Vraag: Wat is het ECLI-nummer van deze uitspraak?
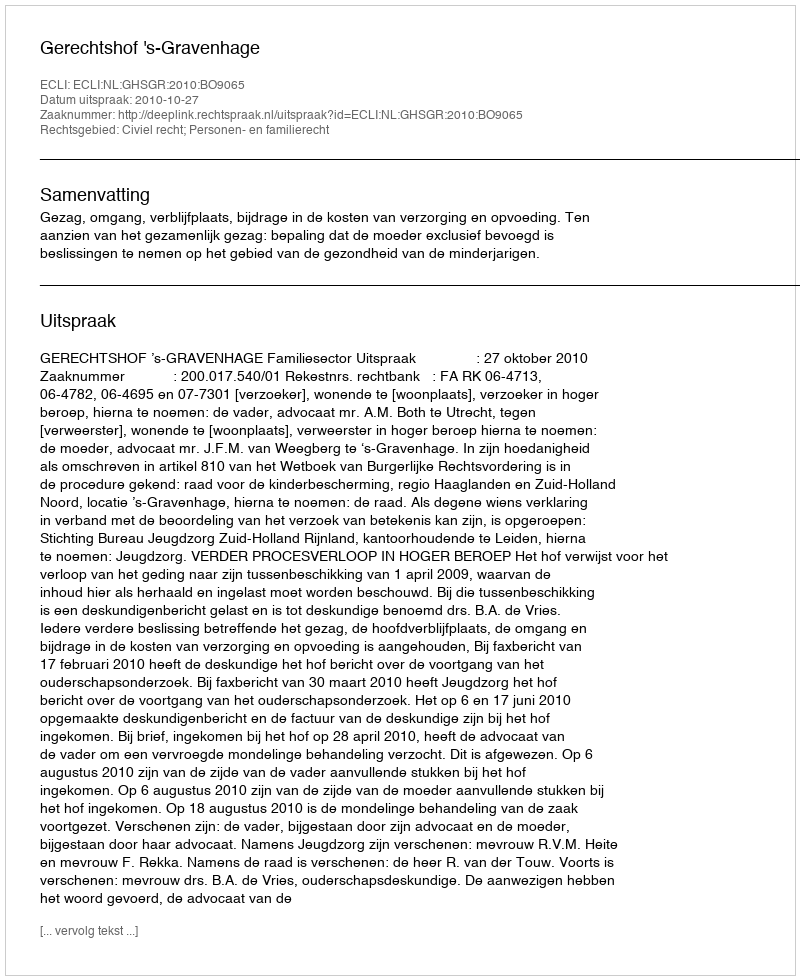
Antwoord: ECLI:NL:GHSGR:2010:BO9065